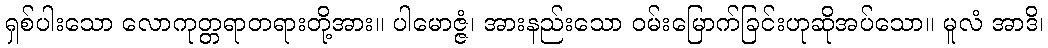
ရှစ်ပါးသော လောကုတ္တရာတရားတို့အား။ ပါမောဇ္ဇံ၊ အားနည်းသော ဝမ်းမြောက်ခြင်းဟုဆိုအပ်သော။ မူလံ အာဒိ၊